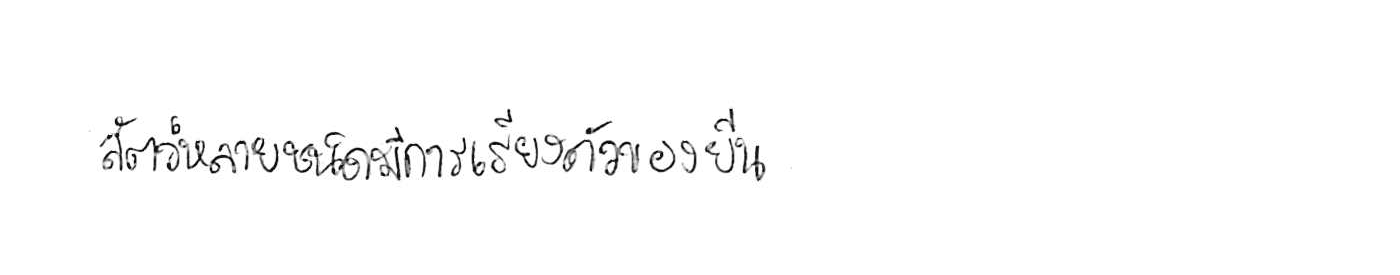
สัตว์หลายชนิดมีการเรียงตัวของยีน